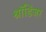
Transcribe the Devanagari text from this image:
श्रॉडिंजर